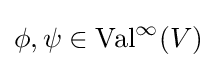
\phi ,\psi \in \operatorname {Val} ^{\infty }(V)